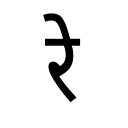
OCR:
रे